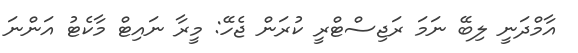
އާމްދަނީ ލިބޭ ނަމަ ރަޖިސްޓްރީ ކުރަން ޖެހޭ: މީރާ ނައިޓް މާކެޓު އަންނަ